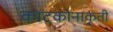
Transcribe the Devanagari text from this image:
काटकोनाकृती